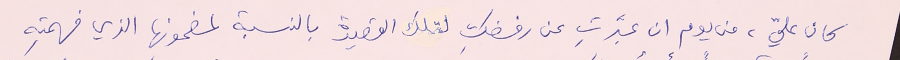
كان عليّ، من يوم ان عبَّرتِ عن رفضكِ لتلك القصيدة بالنسبة لمضمونها الذي فهمتِه